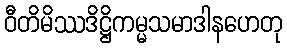
ဝီတိမိဿဒိဋ္ဌိကမ္မသမာဒါနဟေတု